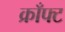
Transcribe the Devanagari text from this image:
क्राँफ्ट